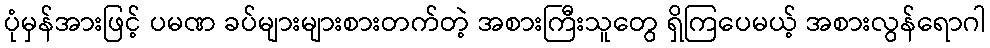
ပုံမှန်အားဖြင့် ပမဏ ခပ်များများစားတက်တဲ့ အစားကြီးသူတွေ ရှိကြပေမယ့် အစားလွန်ရောဂါ